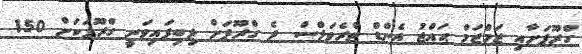
ގްރޫޕަށާއި ޒަމްޒަމް ޙައްޖު އެންޑް ޓްރެވަލްސް ދެ ގްރޫޕަށް ލިބިފައިވަނީ ގްރޫޕަކަށް 150